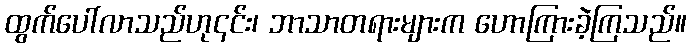
ထွက်ပေါ်လာသည်ဟု၎င်း၊ ဘာသာတရားများက ဟောကြားခဲ့ကြသည်။